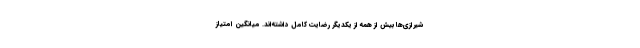
شیرازی‌ها بیش از همه از یکدیگر رضایت کامل داشته‌اند. میانگین امتیاز